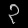
Digit: ၃